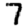
Digit: 7